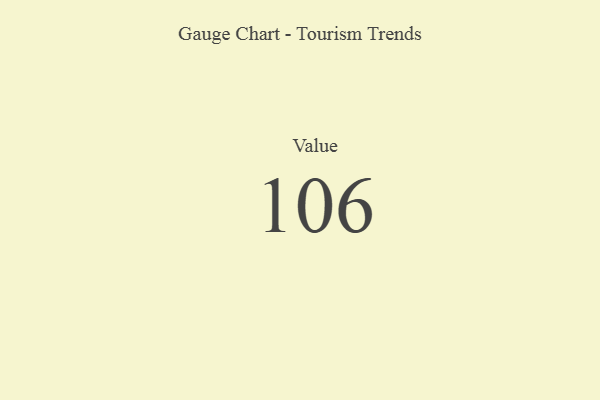
{"axis": {"x": "Metric", "y": "Value"}, "legend": [""], "data": [{"x": "Value", "y": 106, "type": ""}]}